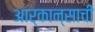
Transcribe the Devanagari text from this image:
आर्कान्साची